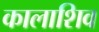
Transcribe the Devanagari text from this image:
कालाशिव